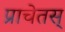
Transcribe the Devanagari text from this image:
प्राचेतस्